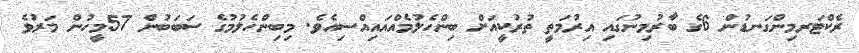
ރެކްޓަރމިންގަނޑުން 6ގެ ބާރުމިނުގައި އިރުމަތީ ތުރުކީއަށް ބިންހެލުމެއްއައިއްސިއެވެ. މިބިންހެލުމުގެ ސަބަބުން 57މީހުން މަރުވެ